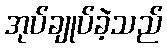
အုပ်ချုပ်ခဲ့သည်